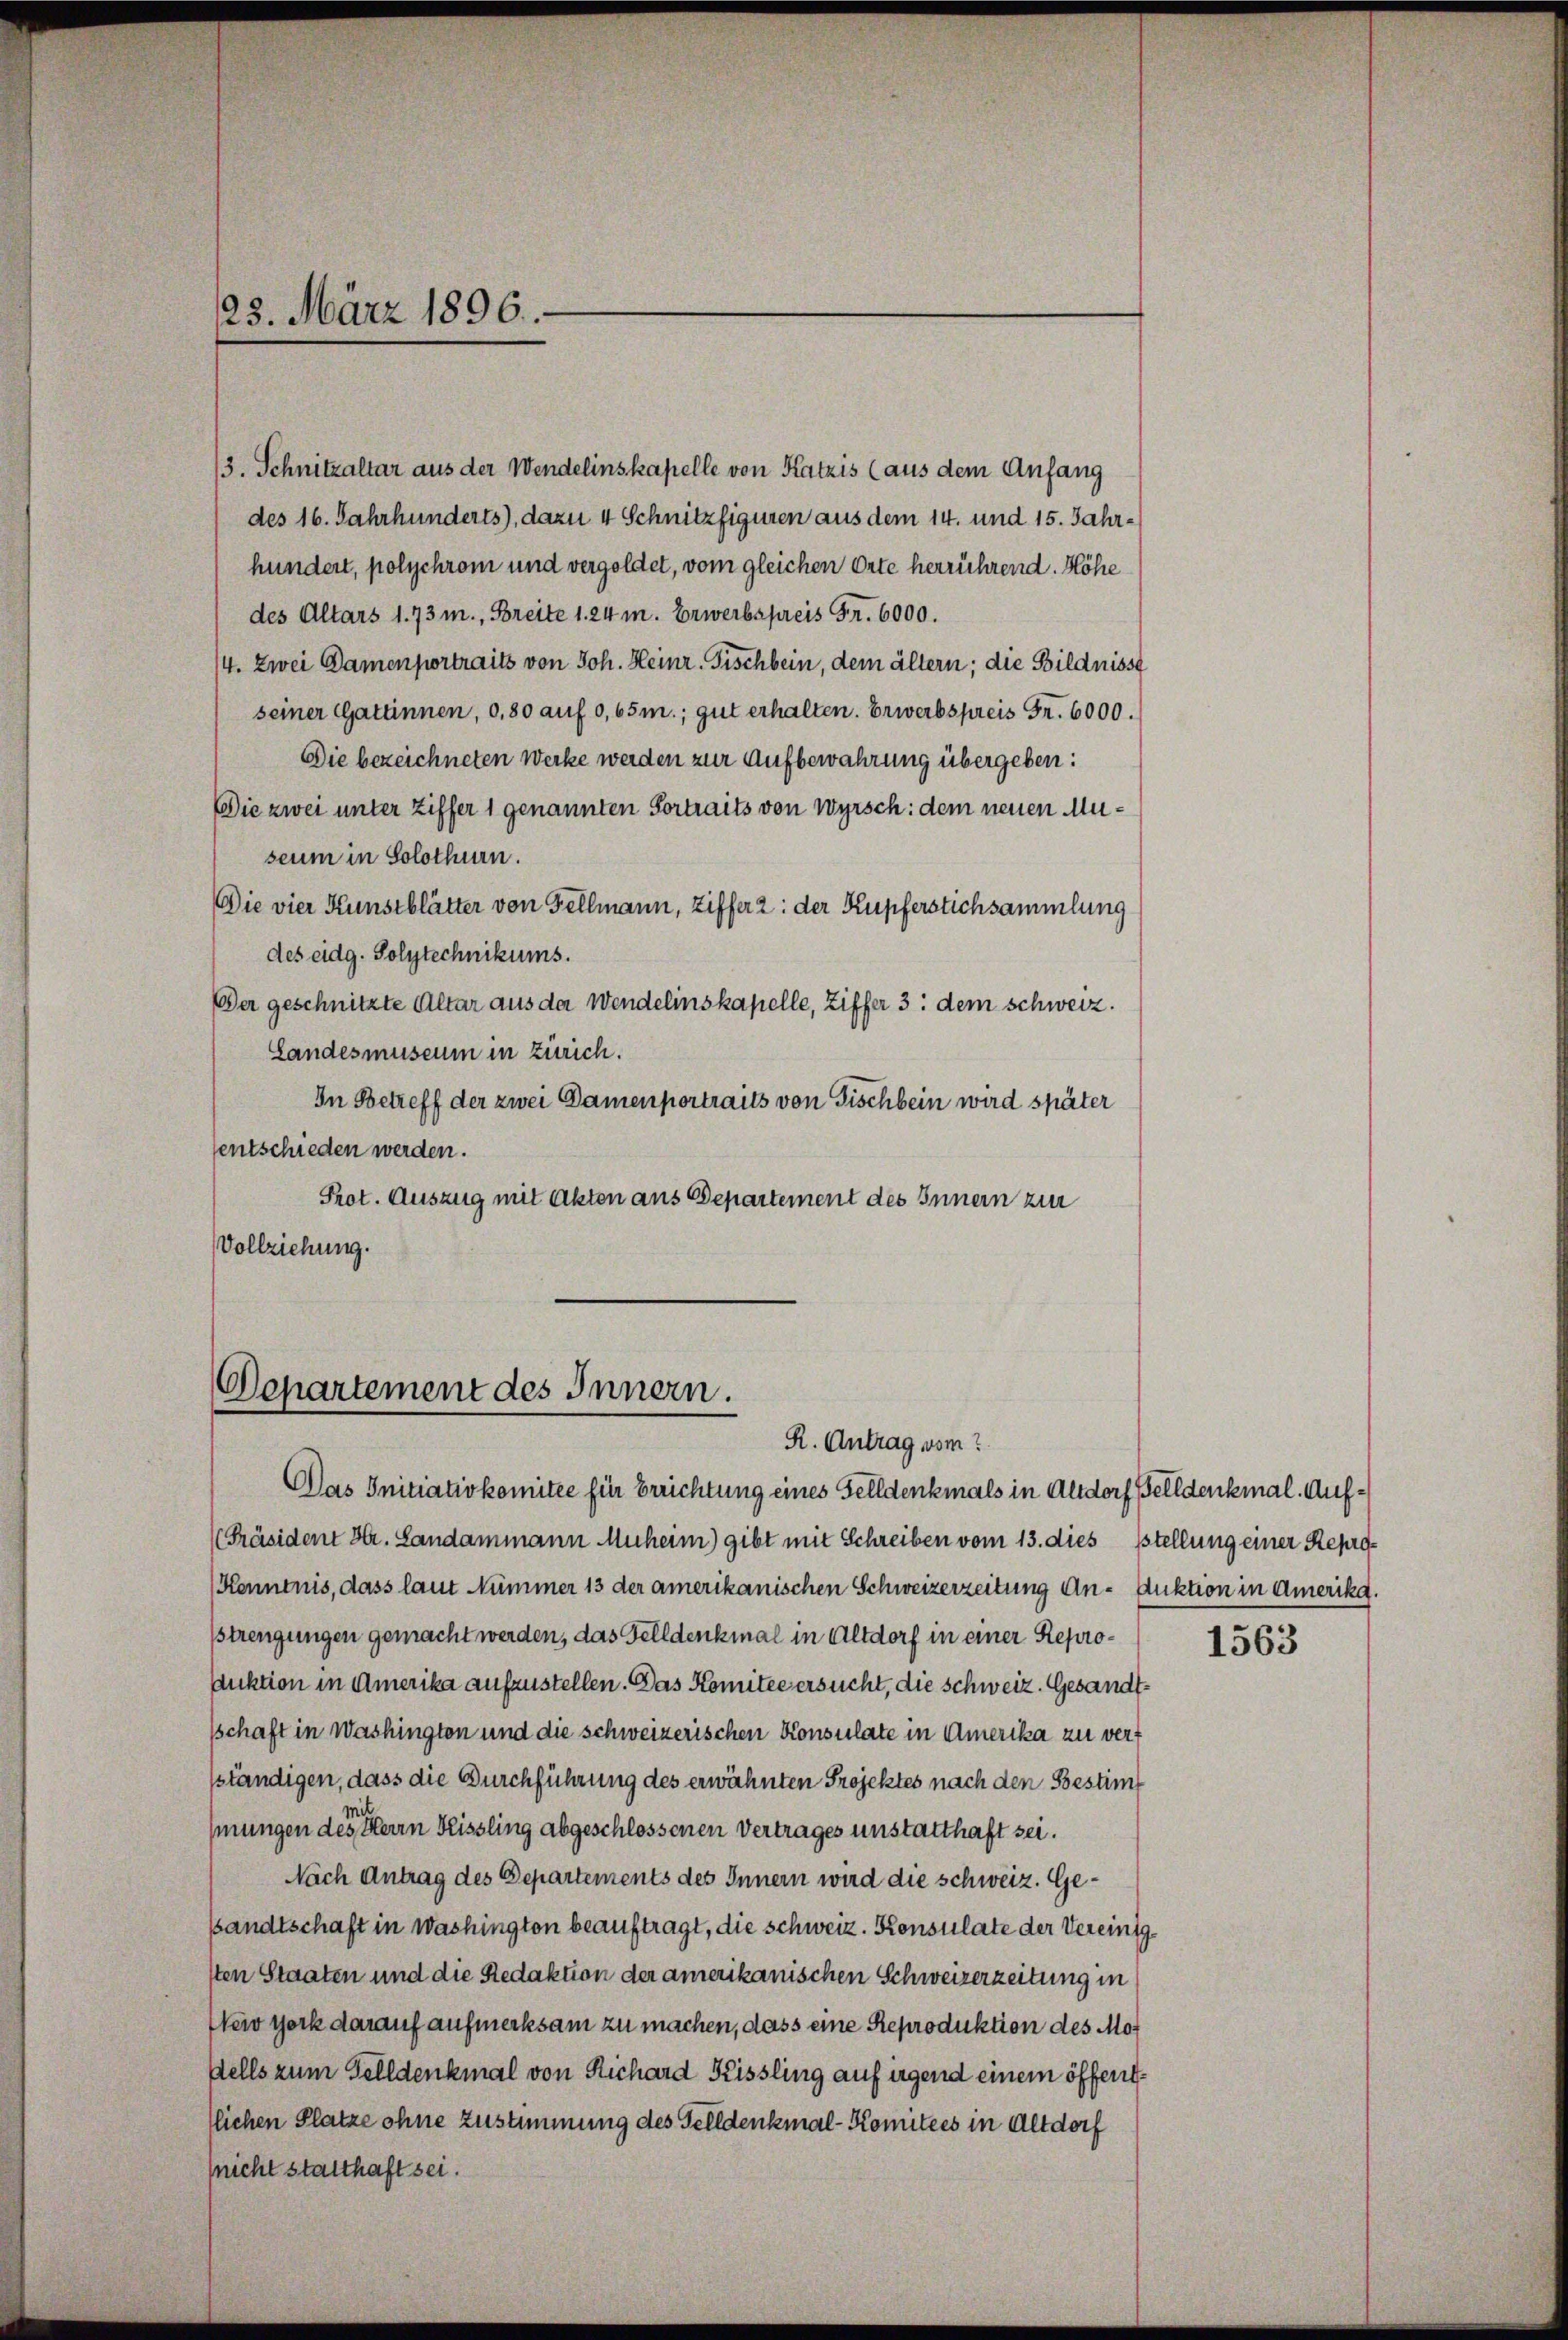
13. Schnitzaltar aus der Wendelinskapelle von Katzis (aus dem Anfang
des 16. Jahrhunderts), dazu 4 Schnitzfiguren aus dem 14. und 15. Jahrhundert, polychrom und vergoldet, vom gleichen Orte herrührend. Höhe
des Altars 173 m., Breite 1. 24 m. Erwerbspreis Fr. 6000.
/4. Zwei Damenfortraits von Joh. Heinr. Fischbein, dem ältern; die Bildnisse
seiner Gattinnen, o, 80 auf 0,65m.; gut erhalten. Erwerbspreis Fr. 6000.
Die bezeichneten Werke werden zur Aufbewahrung übergeben:
Die zwei unter Ziffer 1 genannten Vortraits von Wyrsch: dem neuen Museum in Solothurn.
Die vier Kunstblätter von Fellmann, Ziffer 2: der Kupferstichsammlung
des eidg. Polytechnikums.
Der geschnitzte Altar aus da Wendelinskapelle, Ziffer 3. dem schweiz.
Landesmuseum in Zürich.
In Betreff der zwei Damen portraits von Fischbein wird später
sentschieden werden.
Prot. Auszug mit Akten aus Departement des Innern zur
Vollziehung.

23. März 1896.

Departement des Innern.
R. Antrag vom

Das Initiativkomitee für Berichtung eines Felldenkmals in Altdorf Geldenkmal. Auf¬
(Präsident Hr. Landammann Muheim) gibt mit Schreiben vom 13. dies stellung einer Repro¬
Kenntnis, dass laut Nummer 13 der amerikanischen Schweizerzeitung An- Auktion in Amerika.
sstrengungen gemacht werden, das Felldenkmal in Altdorf in einer Repro¬
Auktion in Amerika aufzustellen. Das Komitee ersucht, die Schweiz. Gesandtsschaft in Washington und die schweizerischen Konsulate in Amerika zu verf
sständigen, dass die Durchführung des erwähnten Projektes nach den Bestimi
hmungen des Herrn Heissling abgeschlossenen Vertrages unstatthaft sei.
Nach Antrag des Departements des Innern wird die schweiz. Gesandtschaft in Washington beauftragt, die schweiz. Konsulate der Vereinig
sten Staaten und die Redaktion der amerikanischen Schweizerzeitung in
New York darauf aufmerksam zu machen, dass eine Reproduktion des Mosells zum Gelldenkmal von Richard Kissling auf irgend einem öffenttlichen Platze ohne Zustimmung des Felldenkmal-Komitees in Altdorf
(nicht statthaft sei.

1563